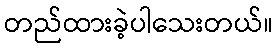
တည်ထားခဲ့ပါသေးတယ်။